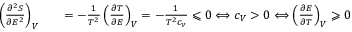
\begin{array} { r l r } { \left( \frac { \partial ^ { 2 } S } { \partial E ^ { 2 } } \right) _ { V } } & { } & { = - \frac { 1 } { T ^ { 2 } } \left( \frac { \partial T } { \partial E } \right) _ { V } = - \frac { 1 } { T ^ { 2 } c _ { \nu } } \leqslant 0 \Longleftrightarrow c _ { V } > 0 \Longleftrightarrow \left( \frac { \partial E } { \partial T } \right) _ { V } \geqslant 0 } \end{array}